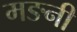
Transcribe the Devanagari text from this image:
मङनी